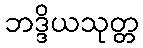
ဘဒ္ဒိယသုတ္တ